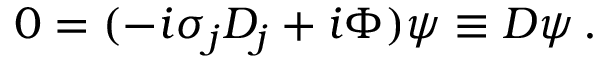
0 = ( - i \sigma _ { j } D _ { j } + i \Phi ) \psi \equiv { \cal D } \psi \, .